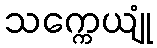
သက္ကေယျုံ